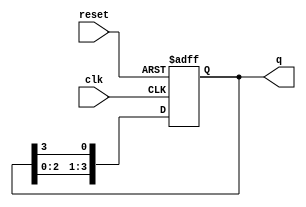
module ring_counter (
    input wire clk,       // Clock input
    input wire reset,     // Asynchronous reset signal
    output reg [3:0] q    // 4-bit output
);

// Initial state
initial begin
    q = 4'b0001; // Setting the initial state to 0001
end

// Always block triggered on the rising edge of the clock or reset
always @(posedge clk or posedge reset) begin
    if (reset) begin
        q <= 4'b0001; // Reset to initial state
    end else begin
        // Shift the '1' to the next flip-flop in the ring
        q <= {q[2:0], q[3]}; // Circular shift
    end
end

endmodule